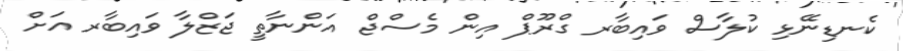
ކެނޑިނޭޅި ކުލާސް ވައިބާރ ގްރޫޕް އިން މެސްޖް އަންނާތީ ޖަޒްލާ ވައިބާރ އަށް